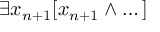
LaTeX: \exists x _ { n + 1 } [ x _ { n + 1 } \land \dots ]